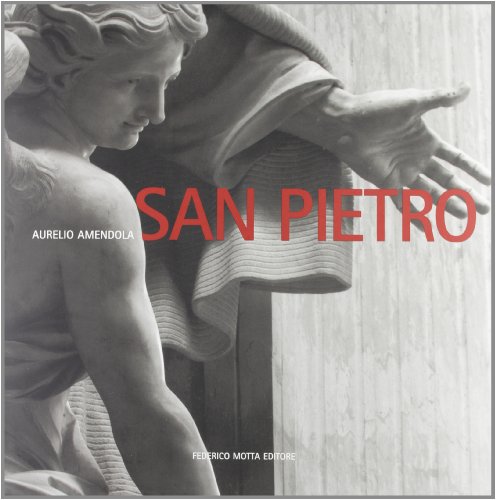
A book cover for Aurelio Amendola San Pietro (Italian Edition); Bruno Contardi; Travel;